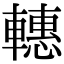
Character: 𨎥